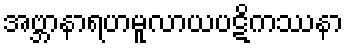
အဗ္ဘာနာရဟမူလာယပဋိကဿနာ